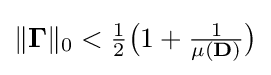
{\textstyle \|\mathbf {\Gamma } \|_{0}<{\frac {1}{2}}{\big (}1+{\frac {1}{\mu (\mathbf {D} )}}{\big )}}